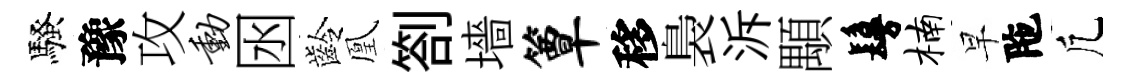
騷豫攻动囦齡凰劄墻簟移裊泝顒鬘楠早陁凢